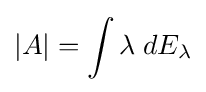
|A|=\int \lambda \;dE_{\lambda }